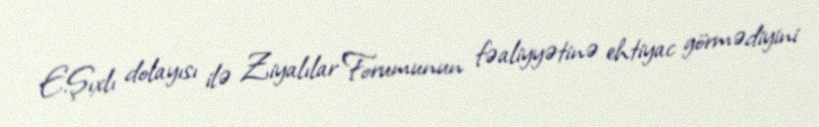
E.Şıxlı dolayısı ilə Ziyalılar Forumunun fəaliyyətinə ehtiyac görmədiyini